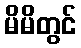
မိမိတွင်